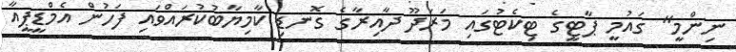
ނިންމީ" ގައުމީ ޕާޓީގެ ޓިކެޓުގައި މަރަދޫ ދާއިރާގެ ގޮނޑި ކާމިޔާބުކުރައްވައި ފަހުން އެމްޑީޕީއާ